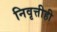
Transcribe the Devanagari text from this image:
निवृत्तीही